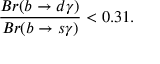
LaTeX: { \frac { B r ( b \rightarrow d \gamma ) } { B r ( b \rightarrow s \gamma ) } } < 0 . 3 1 .